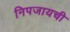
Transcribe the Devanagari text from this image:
निपजायची